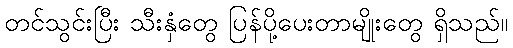
တင်သွင်းပြီး သီးနှံတွေ ပြန်ပို့ပေးတာမျိုးတွေ ရှိသည်။